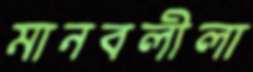
মানবলীলা